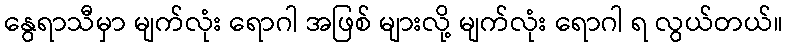
နွေရာသီမှာ မျက်လုံး ရောဂါ အဖြစ် များလို့ မျက်လုံး ရောဂါ ရ လွယ်တယ်။